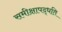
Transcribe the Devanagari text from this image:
समीक्षापद्धति